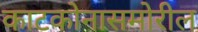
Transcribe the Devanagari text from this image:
काटकोनासमोरील